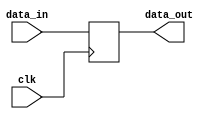
module io_compensated_buffer (
    input wire clk,
    input wire data_in,
    output wire data_out
);

// Compensation logic for signal delays and skew issues
reg buffer;

always @(posedge clk) begin
    buffer <= data_in;
end

assign data_out = buffer;

endmodule